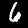
Digit: 6